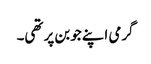
گرمی اپنے جوبن پر تھی۔